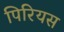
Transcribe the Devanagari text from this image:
पिरियस